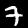
Label: 7